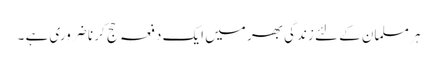
ہر مسلمان کے لئے زندگی بھر میں ایک دفعہ حج کر نا ضروری ہے ۔